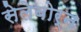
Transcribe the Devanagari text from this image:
सेलेबोर्न